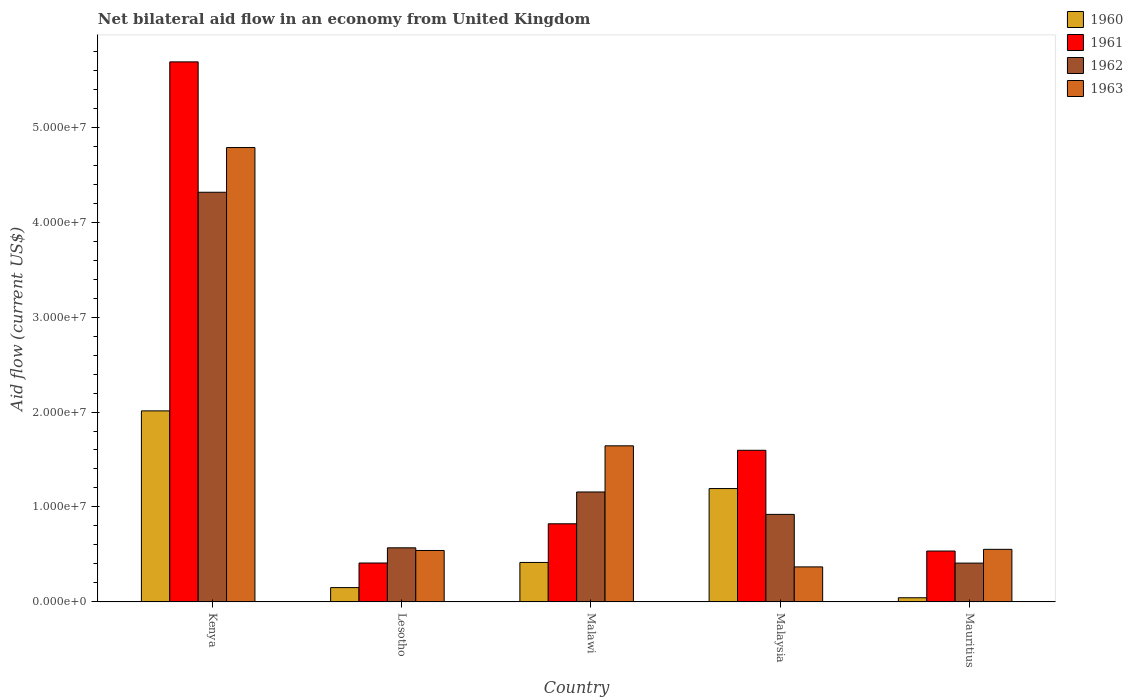
| Country | 1960 | 1961 | 1962 | 1963 |
 | --- | --- | --- | --- | --- |
 | Kenya | 2.01e+07 | 5.69e+07 | 4.31e+07 | 4.78e+07 |
 | Lesotho | 1.51e+06 | 4.1e+06 | 5.7e+06 | 5.42e+06 |
 | Malawi | 4.16e+06 | 8.23e+06 | 1.16e+07 | 1.64e+07 |
 | Malaysia | 1.19e+07 | 1.6e+07 | 9.22e+06 | 3.69e+06 |
 | Mauritius | 4.4e+05 | 5.36e+06 | 4.09e+06 | 5.54e+06 |